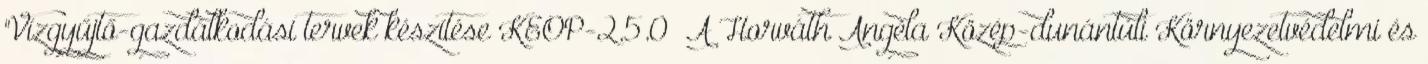
"Vízgyűjtő-gazdálkodási tervek készítése KEOP-2.5.0 A Horváth Angéla Közép-dunántúli Környezetvédelmi és